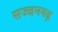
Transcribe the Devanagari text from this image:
सज्‍जनगढ़